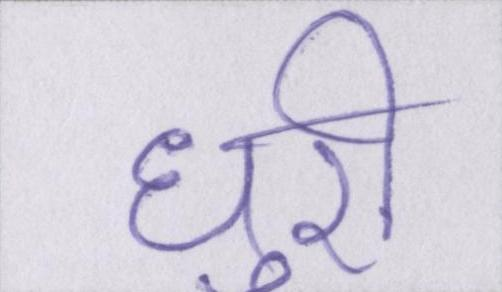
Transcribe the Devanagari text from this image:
धुरी